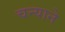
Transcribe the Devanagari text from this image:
चन्याने